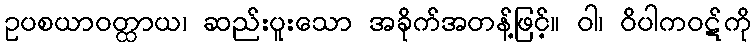
ဥပစယာဝတ္ထာယ၊ ဆည်းပူးသော အခိုက်အတန့်ဖြင့်။ ဝါ၊ ဝိပါကဝဋ်ကို